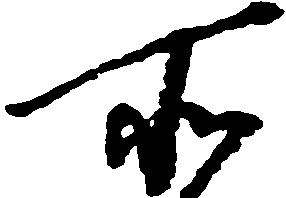
所